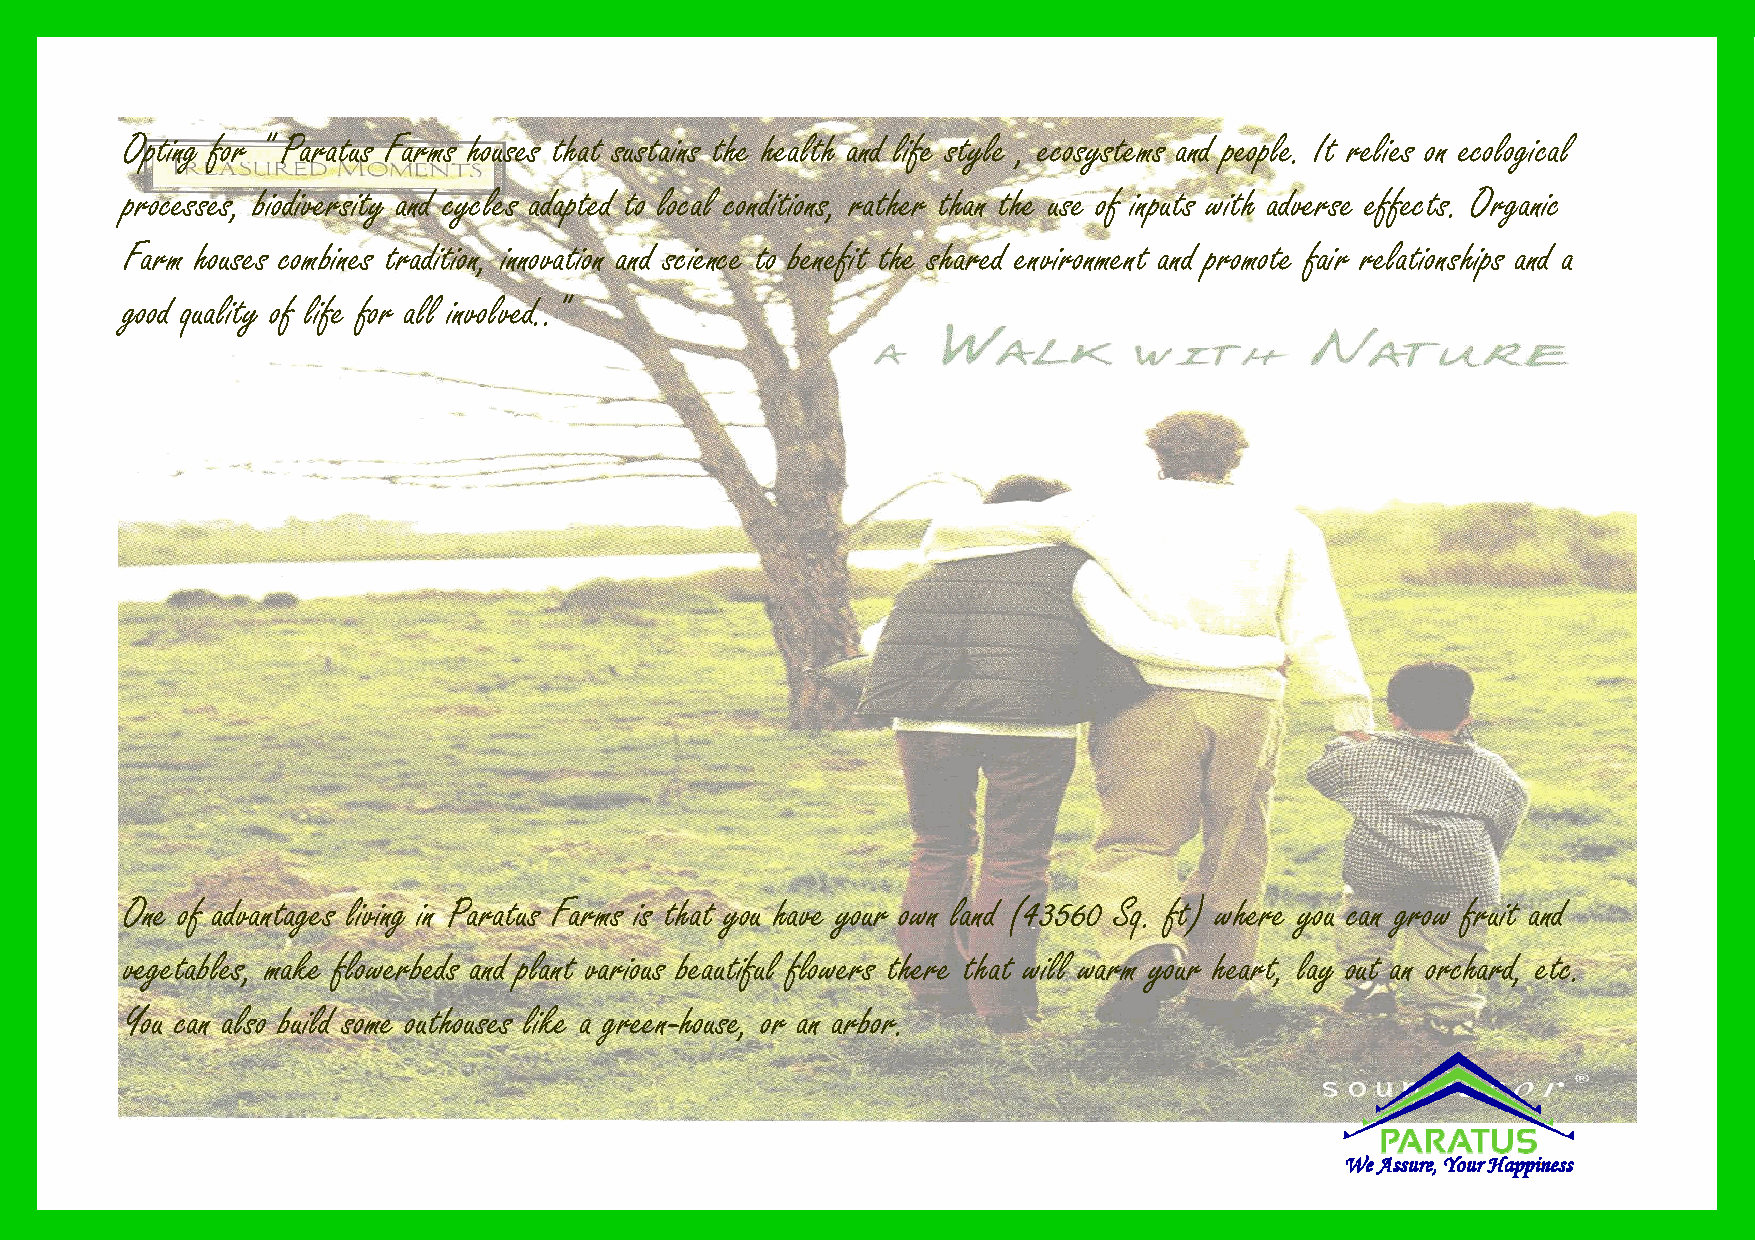
Opting for " Paratus Farms houses that sustains the health and life style , ecosystems and people. It relies on ecological
 processes, biodiversity and cycles adapted to local conditions, rather than the use of inputs with adverse effects. Organic
 Farm houses combines tradition, innovation and science to benefit the shared environment and promote fair relationships and a
 good quality of life for all involved.."
 One of advantages living in Paratus Farms is that you have your own land (43560 Sq. ft) where you can grow fruit and
 vegetables, make flowerbeds and plant various beautiful flowers there that will warm your heart, lay out an orchard, etc.
 You can also build some outhouses like a green-house, or an arbor.